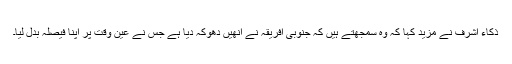
ذکاء اشرف نے مزید کہا کہ وہ سمجھتے ہیں کہ جنوبی افریقہ نے انھیں دھوکہ دیا ہے جس نے عین وقت پر اپنا فیصلہ بدل لیا۔